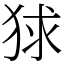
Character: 𤞰